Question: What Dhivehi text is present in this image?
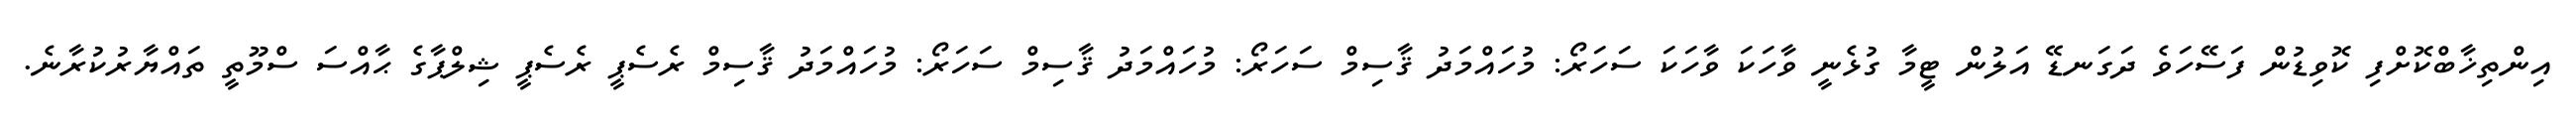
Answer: އިންތިޚާބްކޮށްފި ކޮވިޑުން ފަސޭހަވެ ދަގަނޑޭ އަލުން ޓީމާ ގުޅެނީ ވާހަކަ ވާހަކަ ސަހަރޯ: މުހައްމަދު ޤާސިމް ސަހަރޯ: މުހައްމަދު ޤާސިމް ސަހަރޯ: މުހައްމަދު ޤާސިމް ރެސެޕީ ރެސެޕީ ޝިލްޕާގެ ޙާއްސަ ސްމޫތީ ތައްޔާރުކުރާނެ.